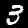
Digit: 3